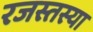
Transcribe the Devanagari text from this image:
रजस्तस्या